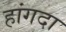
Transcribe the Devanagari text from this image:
हांगदा